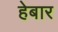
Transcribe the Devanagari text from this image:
हेबार